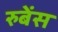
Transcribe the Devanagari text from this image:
रुबेंस